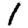
Digit: 1